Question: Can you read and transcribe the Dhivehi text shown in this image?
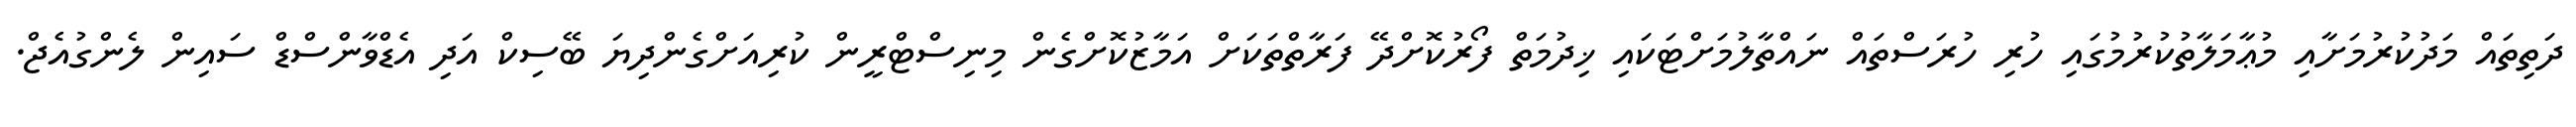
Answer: ދަތިތައް މަދުކުރުމަށާއި މުޢާމަލާތުކުރުމުގައި ހުރި ހުރަސްތައް ނައްތާލުމަށްޓަކައި ޚިދުމަތް ފޯރުކޮށްދޭ ފަރާތްތަކަށް އަމާޒުކޮށްގެން މިނިސްޓްރީން ކުރިއަށްގެންދިޔަ ބޭސިކް އަދި އެޑްވާންސްޑް ސައިން ލެންގުއެޖް.